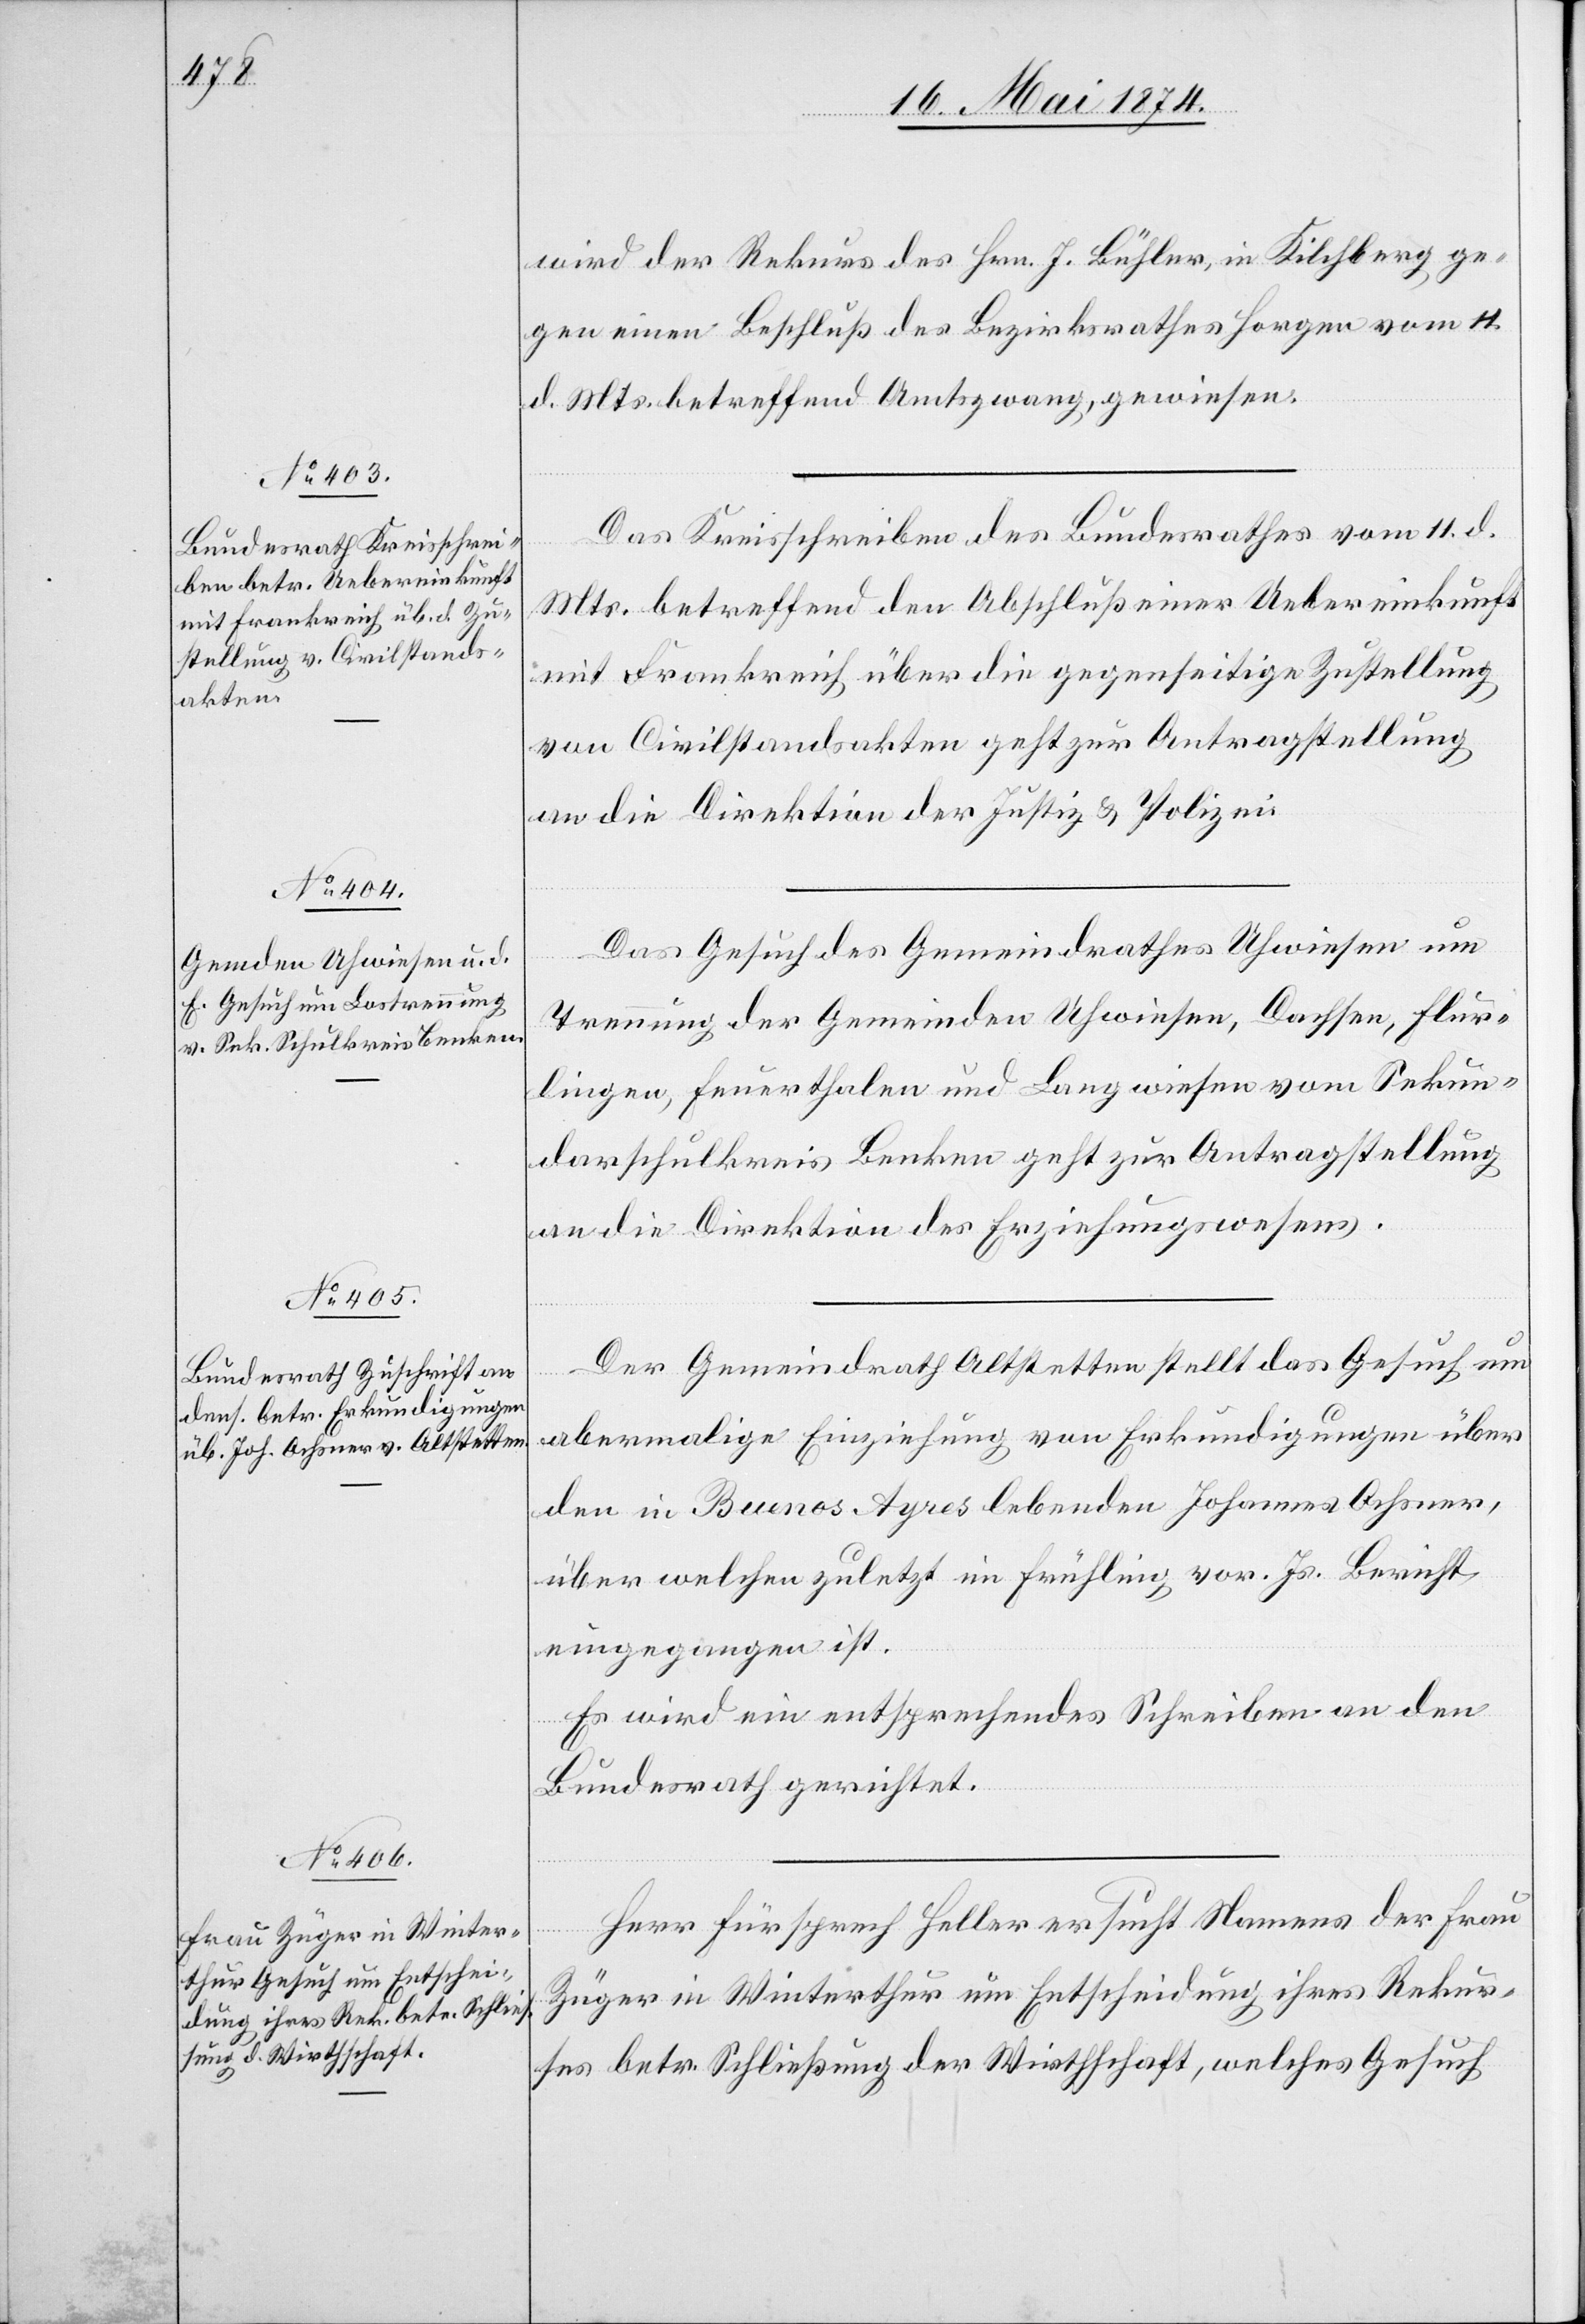
16. Mai 1874.]
der
wird der Rekurs des Hrn. J. Bühler, in Kilchberg ge¬
gen einen Beschluß des Bezirksrathes Horgen vom 11.
d. Mts. betreffend Amtszwang, gewiesen.
Das Kreisschreiben des Bundesrathes vom 11. d.
Mts. betreffend den Abschluß einer Uebereinkunft
mit Frankreich über die gegenseitige Zustellung
von Civilstandsakten geht zur Antragstellung
an die Direktion der Justiz u. Polizei.
Das Gesuch des Gemeindrathes Uhwiesen um
Trennung der Gemeinden Uhwiesen, Dachsen, Flur¬
lingen, Feuerthalen und Langwiesen vom Sekun¬
darschulkreis Benken geht zur Antragstellung
an die Direktion des Erziehungswesens.
Der Gemeindrath Altstetten stellt das Gesuch um
Namens
abermalige Einziehung von Erkundigungen über
den in Buenos Ayres lebenden Johannes Ochsner,
über welchen zuletzt im Frühling vor. Js. Bericht
eingegangen ist.
Es wird ein entsprechendes Schreiben an den
Bundesrath gerichtet.
Züger in Winterthur um Entscheidung ihres Rekur¬
ses betr. Schließung der Wirthschaft, welches Gesuch